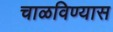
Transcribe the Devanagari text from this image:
चाळविण्यास